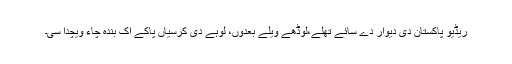
ریڈیو پاکستان دی دیوار دے سائے تھلے،لوڈھے ویلے بعدوں، لوہے دی کرسیاں پاکے اک بندہ چاء ویچدا سی۔